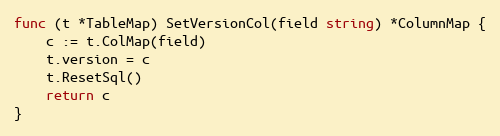
Language: Go
func (t *TableMap) SetVersionCol(field string) *ColumnMap {
	c := t.ColMap(field)
	t.version = c
	t.ResetSql()
	return c
}